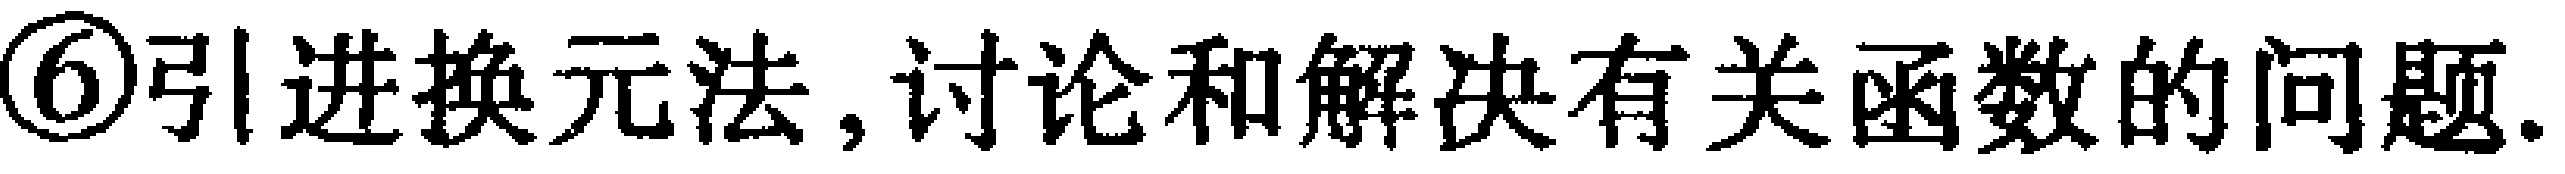
\textcircled{6}引进换元法, 讨论和解决有关函数的问题.